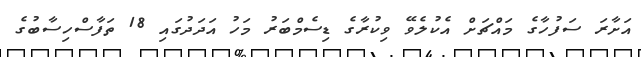
އަށާރަ ސަފުހާގެ މައްޗަށް އެކުލެވޭ ވިކުރާގެ ޑިސެމްބަރު މަހު އަދަދުގައި 18 ތަފާސްހިސާބުގެ